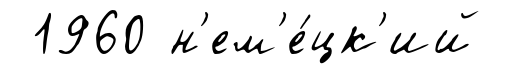
1960 н'ем'е́цк'ий